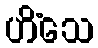
ဟိံသေ